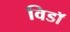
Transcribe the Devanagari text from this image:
विडाॅ